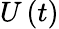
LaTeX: U\left(t\right)